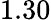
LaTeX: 1.30